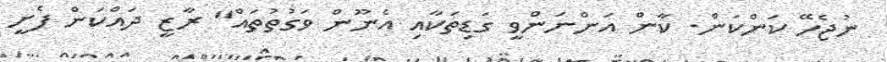
ނުޖެހޭ ކަންކަން. ކާން އަންނަންވީ ގަޑިތަކާއި އެނޫން ވަގުތުތައް" ރާޒީ ދައްކަން ފެށީ